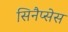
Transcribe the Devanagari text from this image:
सिनैप्सेस